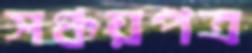
সঞ্চয়পত্র